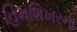
હિમશિખરના